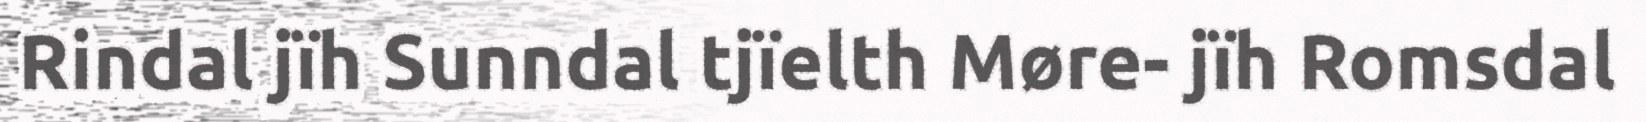
Rindal jïh Sunndal tjïelth Møre- jïh Romsdal